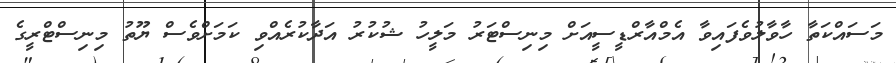
މަސައްކަތާ ހާވާލުވެފައިވާ އެމްއާރްޑީސީއަށް މިނިސްޓަރު މަލީހު ޝުކުރު އަދާކުރެއްވި ކަމަށްވެސް ޔޫތު މިނިސްޓްރީގެ